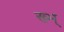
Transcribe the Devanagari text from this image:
ख्भ्